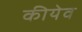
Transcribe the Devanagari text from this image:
कीयेव